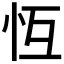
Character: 𢗝